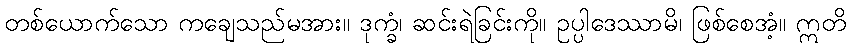
တစ်ယောက်သော ကချေသည်မအား။ ဒုက္ခံ၊ ဆင်းရဲခြင်းကို။ ဥပ္ပါဒေဿာမိ၊ ဖြစ်စေအံ့။ ဣတိ